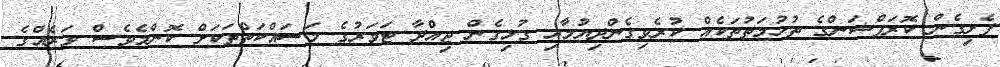
ފެށިގެން ކޮރަޕްޝަންގެ ތުހުމަތުތަކެއް ކުރެވިގެންދިޔުމާއި ގުޅިގެން ޖިއްދާ ޓަވަރުގެ މަސައްކަތްތަކަށް ކޮންމެވެސް ވަރެއްގެ